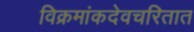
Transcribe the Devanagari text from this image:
विक्रमांकदेवचरितात